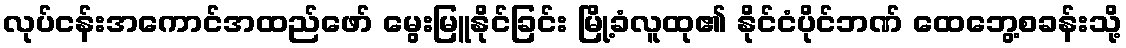
လုပ်ငန်းအကောင်အထည်ဖော် မွေးမြူနိုင်ခြင်း မြို့ခံလူထု၏ နိုင်ငံပိုင်ဘဏ် ထေဘွေ့စခန်းသို့